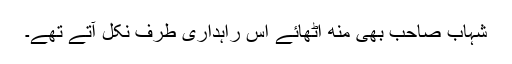
شہاب صاحب بھی منھ اٹھائے اس راہداری طرف نکل آتے تھے۔